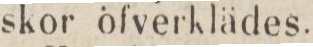
skor öfverklädes.